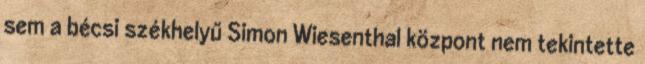
sem a bécsi székhelyű Simon Wiesenthal központ nem tekintette